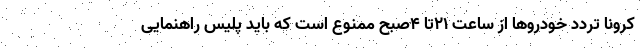
کرونا تردد خودروها از ساعت ۲۱تا ۴صبح ممنوع است که باید پلیس راهنمایی